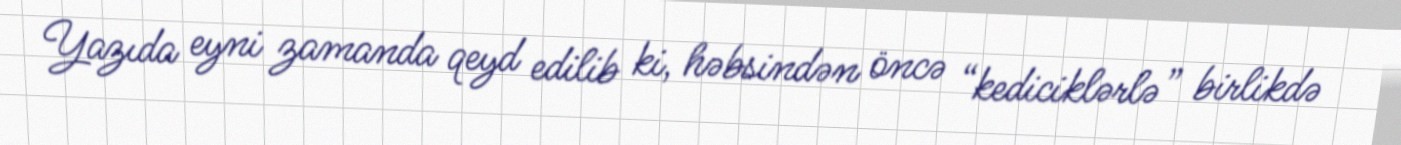
Yazıda eyni zamanda qeyd edilib ki, həbsindən öncə “kediciklərlə” birlikdə